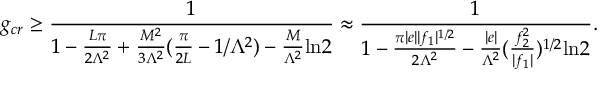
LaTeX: g _ { c r } \ge \frac { 1 } { 1 - \frac { L \pi } { 2 \Lambda ^ { 2 } } + \frac { M ^ { 2 } } { 3 \Lambda ^ { 2 } } ( \frac { \pi } { 2 L } - 1 / \Lambda ^ { 2 } ) - \frac { M } { \Lambda ^ { 2 } } \mathrm { l n } 2 } \approx \frac { 1 } { 1 - \frac { \pi | e | | f _ { 1 } | ^ { 1 / 2 } } { 2 \Lambda ^ { 2 } } - \frac { | e | } { \Lambda ^ { 2 } } ( \frac { f _ { 2 } ^ { 2 } } { | f _ { 1 } | } ) ^ { 1 / 2 } \mathrm { l n } 2 } .